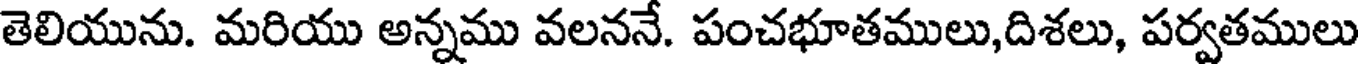
తెలియును. మరియు అన్నము వలననే. పంచభూతములు,దిశలు, పర్వతములు